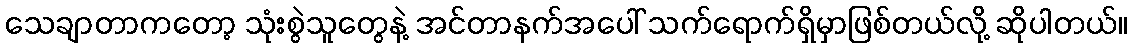
သေချာတာကတော့ သုံးစွဲသူတွေနဲ့ အင်တာနက်အပေါ် သက်ရောက်ရှိမှာဖြစ်တယ်လို့ ဆိုပါတယ်။